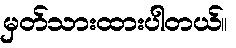
မှတ်သားထားပါတယ်။